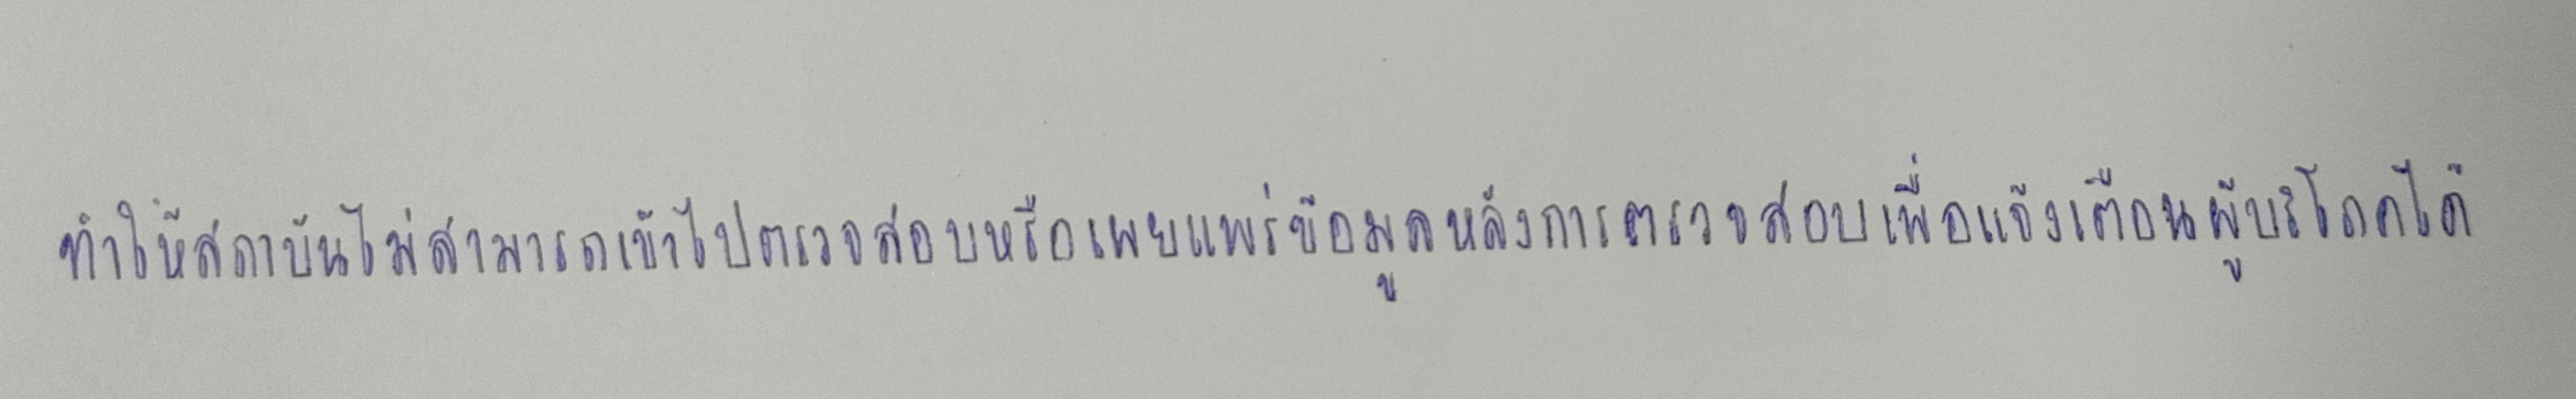
ทำให้สถาบันไม่สามารถเข้าไปตรวจสอบหรือเผยแพร่ข้อมูลหลังการตรวจสอบเพื่อแจ้งเตือนผู้บริโภคได้